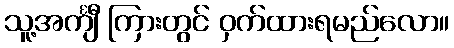
သူ့အင်္ကျီ ကြားတွင် ဝှက်ထားရမည်လော။